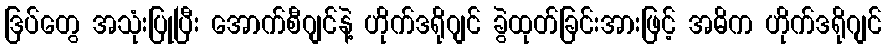
ဒြပ်တွေ အသုံးပြုပြီး အောက်စီဂျင်နဲ့ ဟိုက်ဒရိုဂျင် ခွဲထုတ်ခြင်းအားဖြင့် အဓိက ဟိုက်ဒရိုဂျင်